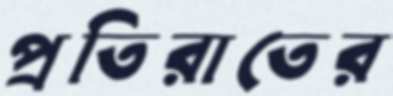
প্রতিরাতের